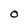
Character: o